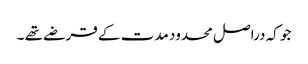
جو کہ دراصل محدود مدت کے قرضے تھے ۔